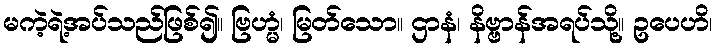
မကဲ့ရဲ့အပ်သည်ဖြစ်၍။ ဗြဟ္မံ၊ မြတ်သော။ ဌာနံ၊ နိဗ္ဗာန်အရပ်သို့။ ဥပေဟိ၊